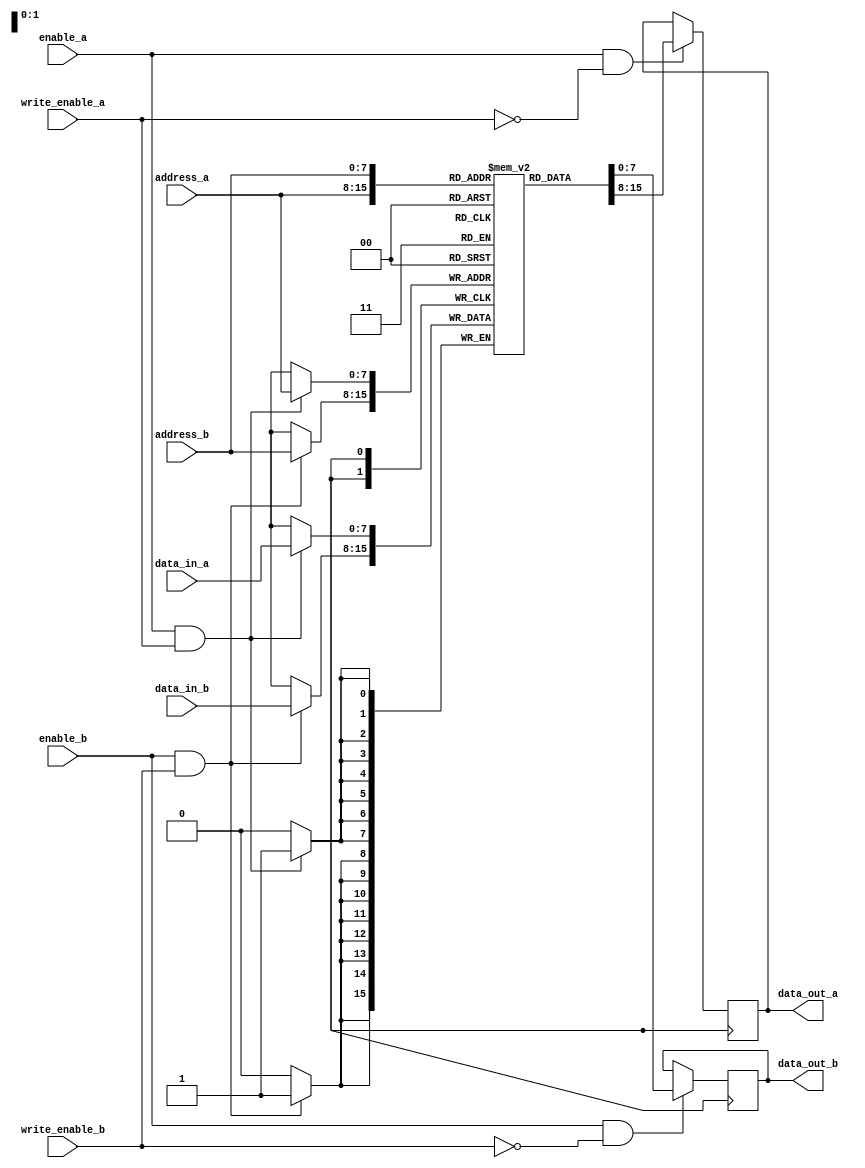
module dual_port_ram (
    input [7:0] data_in_a,
    input [7:0] data_in_b,
    input [7:0] address_a,
    input [7:0] address_b,
    input enable_a,
    input enable_b,
    input write_enable_a,
    input write_enable_b,
    output reg [7:0] data_out_a,
    output reg [7:0] data_out_b
);

reg [7:0] memory [0:255];

always @(posedge clk) begin
    if (enable_a && write_enable_a) begin
        memory[address_a] <= data_in_a;
    end
    if (enable_a && !write_enable_a) begin
        data_out_a <= memory[address_a];
    end
    if (enable_b && write_enable_b) begin
        memory[address_b] <= data_in_b;
    end
    if (enable_b && !write_enable_b) begin
        data_out_b <= memory[address_b];
    end
end

endmodule